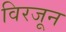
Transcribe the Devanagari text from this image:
विरजून